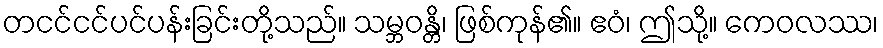
တငင်ငင်ပင်ပန်းခြင်းတို့သည်။ သမ္ဘဝန္တိ၊ ဖြစ်ကုန်၏။ ဧဝံ၊ ဤသို့။ ကေဝလဿ၊